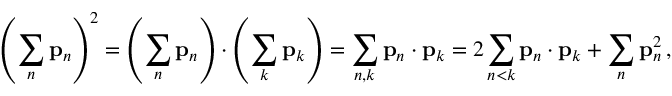
\left( \sum _ { n } \mathbf { p } _ { n } \right) ^ { 2 } = \left( \sum _ { n } \mathbf { p } _ { n } \right) \cdot \left( \sum _ { k } \mathbf { p } _ { k } \right) = \sum _ { n , k } \mathbf { p } _ { n } \cdot \mathbf { p } _ { k } = 2 \sum _ { n < k } \mathbf { p } _ { n } \cdot \mathbf { p } _ { k } + \sum _ { n } \mathbf { p } _ { n } ^ { 2 } \, ,